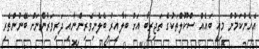
އެހެންކަމުން މިއީ ބައެއް ސްކޫލްތަކުގެ ތަޖިރިބާ އަށް ބަލާއިރު ބެލެނިވެރިންނާއި ދަރިވަރުންނަށް ބޭނުންތެރި